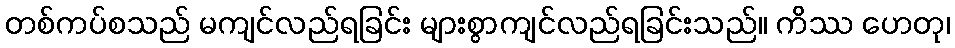
တစ်ကပ်စသည် မကျင်လည်ရခြင်း များစွာကျင်လည်ရခြင်းသည်။ ကိဿ ဟေတု၊